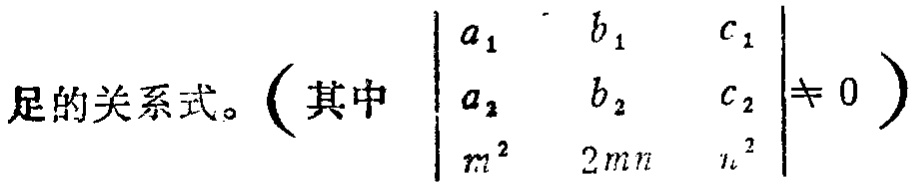
足的关系式。（其中 $\begin{vmatrix}

a_{1} & b_{1} & c_{1}\\

a_{2} & b_{2} & c_{2}\\

m^{2} & 2mn & n^{2}

\end{vmatrix}\neq 0$ ）